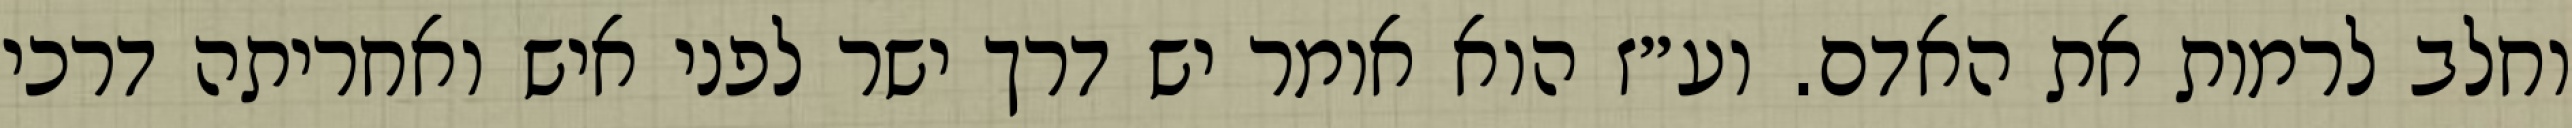
וחלב לרמות את האדם. וע״ז הוא אומר יש דרך ישר לפני איש ואחריתה דרכי